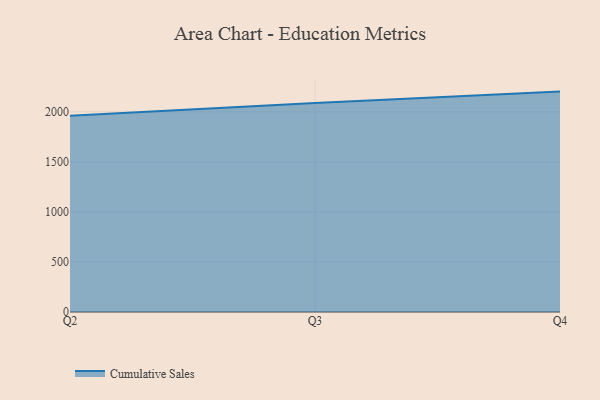
{"axis": {"x": "Quarter", "y": "LTV (USD)"}, "legend": ["Cumulative Sales"], "data": [{"x": "Q2", "y": 1961.5, "type": "Cumulative Sales"}, {"x": "Q3", "y": 2088.9, "type": "Cumulative Sales"}, {"x": "Q4", "y": 2202.6, "type": "Cumulative Sales"}]}